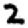
Digit: 2